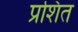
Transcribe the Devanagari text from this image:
प्रशित